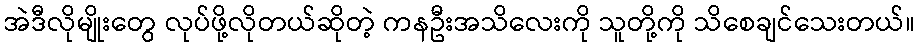
အဲဒီလိုမျိုးတွေ လုပ်ဖို့လိုတယ်ဆိုတဲ့ ကနဦးအသိလေးကို သူတို့ကို သိစေချင်သေးတယ်။